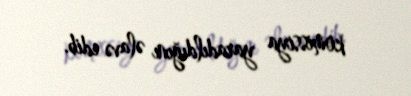
komissiya yaradıldığını əlavə edib.